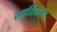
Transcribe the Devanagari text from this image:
समशिरस्था